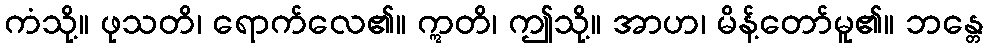
ကံသို့။ ဖုသတိ၊ ရောက်လေ၏။ ဣတိ၊ ဤသို့။ အာဟ၊ မိန့်တော်မူ၏။ ဘန္တေ